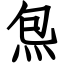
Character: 炰